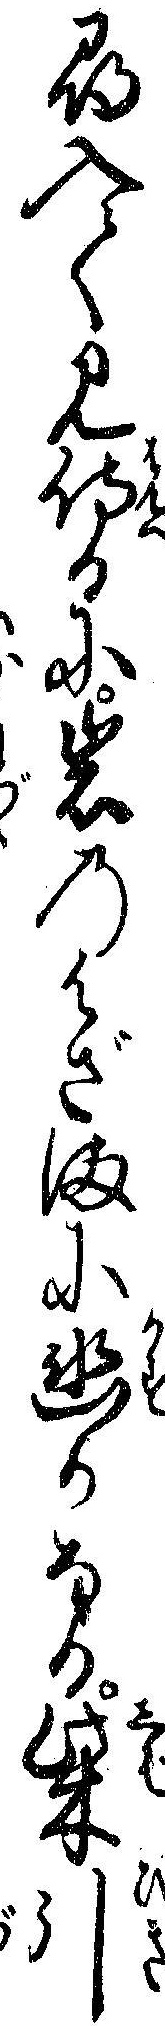
尋入て見侍るに岩のはざまに幽かなる柴引